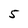
Character: 5